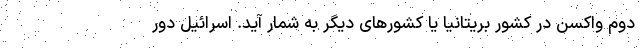
دوم واکسن در کشور بریتانیا یا کشورهای دیگر به شمار آید. اسرائیل دور